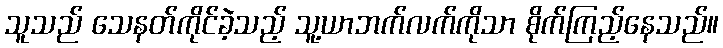
သူသည် သေနတ်ကိုင်ခဲ့သည့် သူ့ယာဘက်လက်ကိုသာ စိုက်ကြည့်နေသည်။